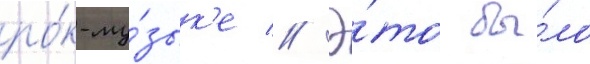
ро́к-му́зык'е // Э́то бы́ло